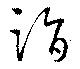
詣